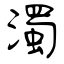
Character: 濁